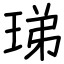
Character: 珶